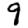
Digit: 9